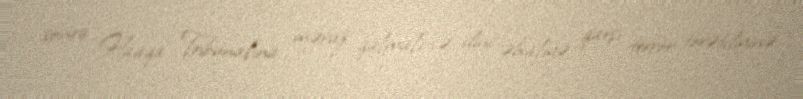
sonra Haaqa Tribunalına məruz qalmalı və dinc əhaliyə qarşı terror törətdiyinə